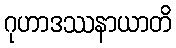
ဂုဟာဒဿနာယာတိ